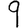
Digit: 9